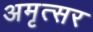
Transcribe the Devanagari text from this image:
अमृत्सर